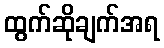
ထွက်ဆိုချက်အရ